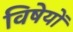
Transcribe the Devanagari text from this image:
विषेयों